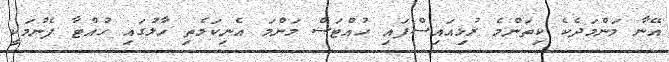
އޭނާ މަންމަދެކެ ކިތަންމެ ރުޅިއައިސްފައި ހުއްޓަސް މަންމަ އެނިކަމެތި ހާލުގައި ހުއްޓާ ފެނުމަކީ